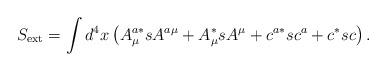
LaTeX: \begin{align*}S_{\mathrm{ext}}=\int d^4x\left( A_\mu ^{a*}sA^{a\mu }+A_\mu ^{*}sA^\mu+c^{a*}sc^a+c^{*}sc\right) . \end{align*}